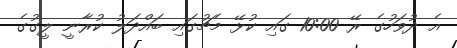
އެ ދުވަހުގެ ރޭ 10:00 ގައި ކުޅޭ މެޗުގައި ބައްދަލު ކުރާނީ ލީގުގެ